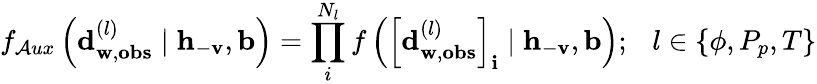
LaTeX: f_{\mathcal{A}ux}\left(\mathbf{{d}}_{\mathbf{{w}},\mathbf{{obs}}}^{(l)}\mid\mathbf{{h}}_{-\mathbf{{v}}},\mathbf{{b}}\right)=\prod_{i}^{N_{l}}{f\left(\left[\mathbf{{d}}_{\mathbf{{w}},\mathbf{{obs}}}^{(l)}\right]_{\mathbf{{i}}}\mid\mathbf{{h}}_{-\mathbf{{v}}},\mathbf{{b}}\right)};\ \ \ l\in\{ \phi,P_{p},T\}